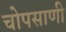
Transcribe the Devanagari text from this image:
चोपसाणी